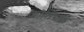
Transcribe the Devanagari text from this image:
क्रांतिचक्र